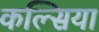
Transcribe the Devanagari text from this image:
कल्सिया